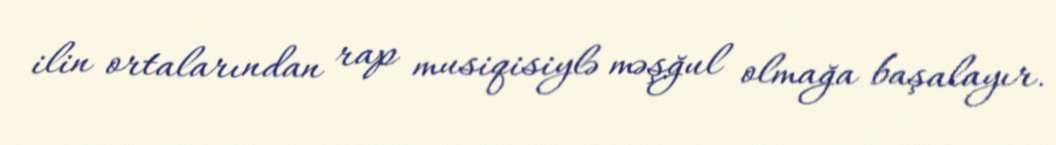
ilin ortalarından rap musiqisiylə məşğul olmağa başalayır.